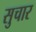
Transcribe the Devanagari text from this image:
सुचार